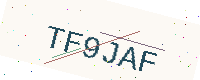
Text: TF9JAF